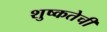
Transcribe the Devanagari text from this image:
शुष्कतेची